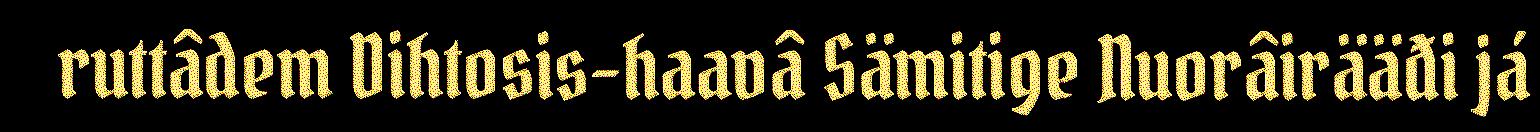
ruttâdem Dihtosis-haavâ Sämitige Nuorâirääđi já